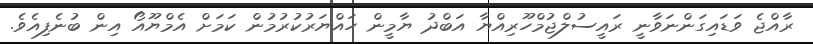
ރާއްޖެ ވަޑައިގަންނަވާނީ ރައީސުލްޖުމްހޫރިއްޔާ އަބްދު ޔާމީން ހައްޔަރުކުރުމުން ކަމަށް އެމްޔޫއޯ އިން ބުނެފިއެވެ.